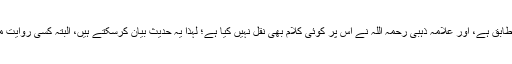
امام حاکم فرماتے ہیں کہ ’’یہ حدیث صحیح‘‘ ہے اور امام مسلم کی شرط کے مطابق ہے، اور علامہ ذہبی رحمہ اللہ نے اس پر کوئی کلام بھی نقل نہیں کیا ہے؛ لہذا یہ حدیث بیان کرسکتے ہیں، البتہ کسی روایت میں یہ نہیں ملا کہ اس سے چھینٹوں کی وجہ سے ملنے والا عذاب ٹل جاتا ہے ۔